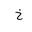
Letter: _kha